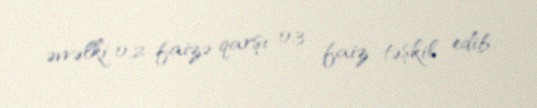
əvvəlki 0,2 faizə qarşı 0,3 faiz təşkil edib.